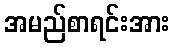
အမည်စာရင်းအား